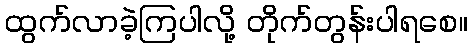
ထွက်လာခဲ့ကြပါလို့ တိုက်တွန်းပါရစေ။